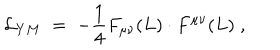
LaTeX: { \cal L } _ { Y M } \; = \; - \frac { 1 } { 4 } F _ { \mu \nu } ( L ) \cdot F ^ { \mu \nu } ( L ) \; ,